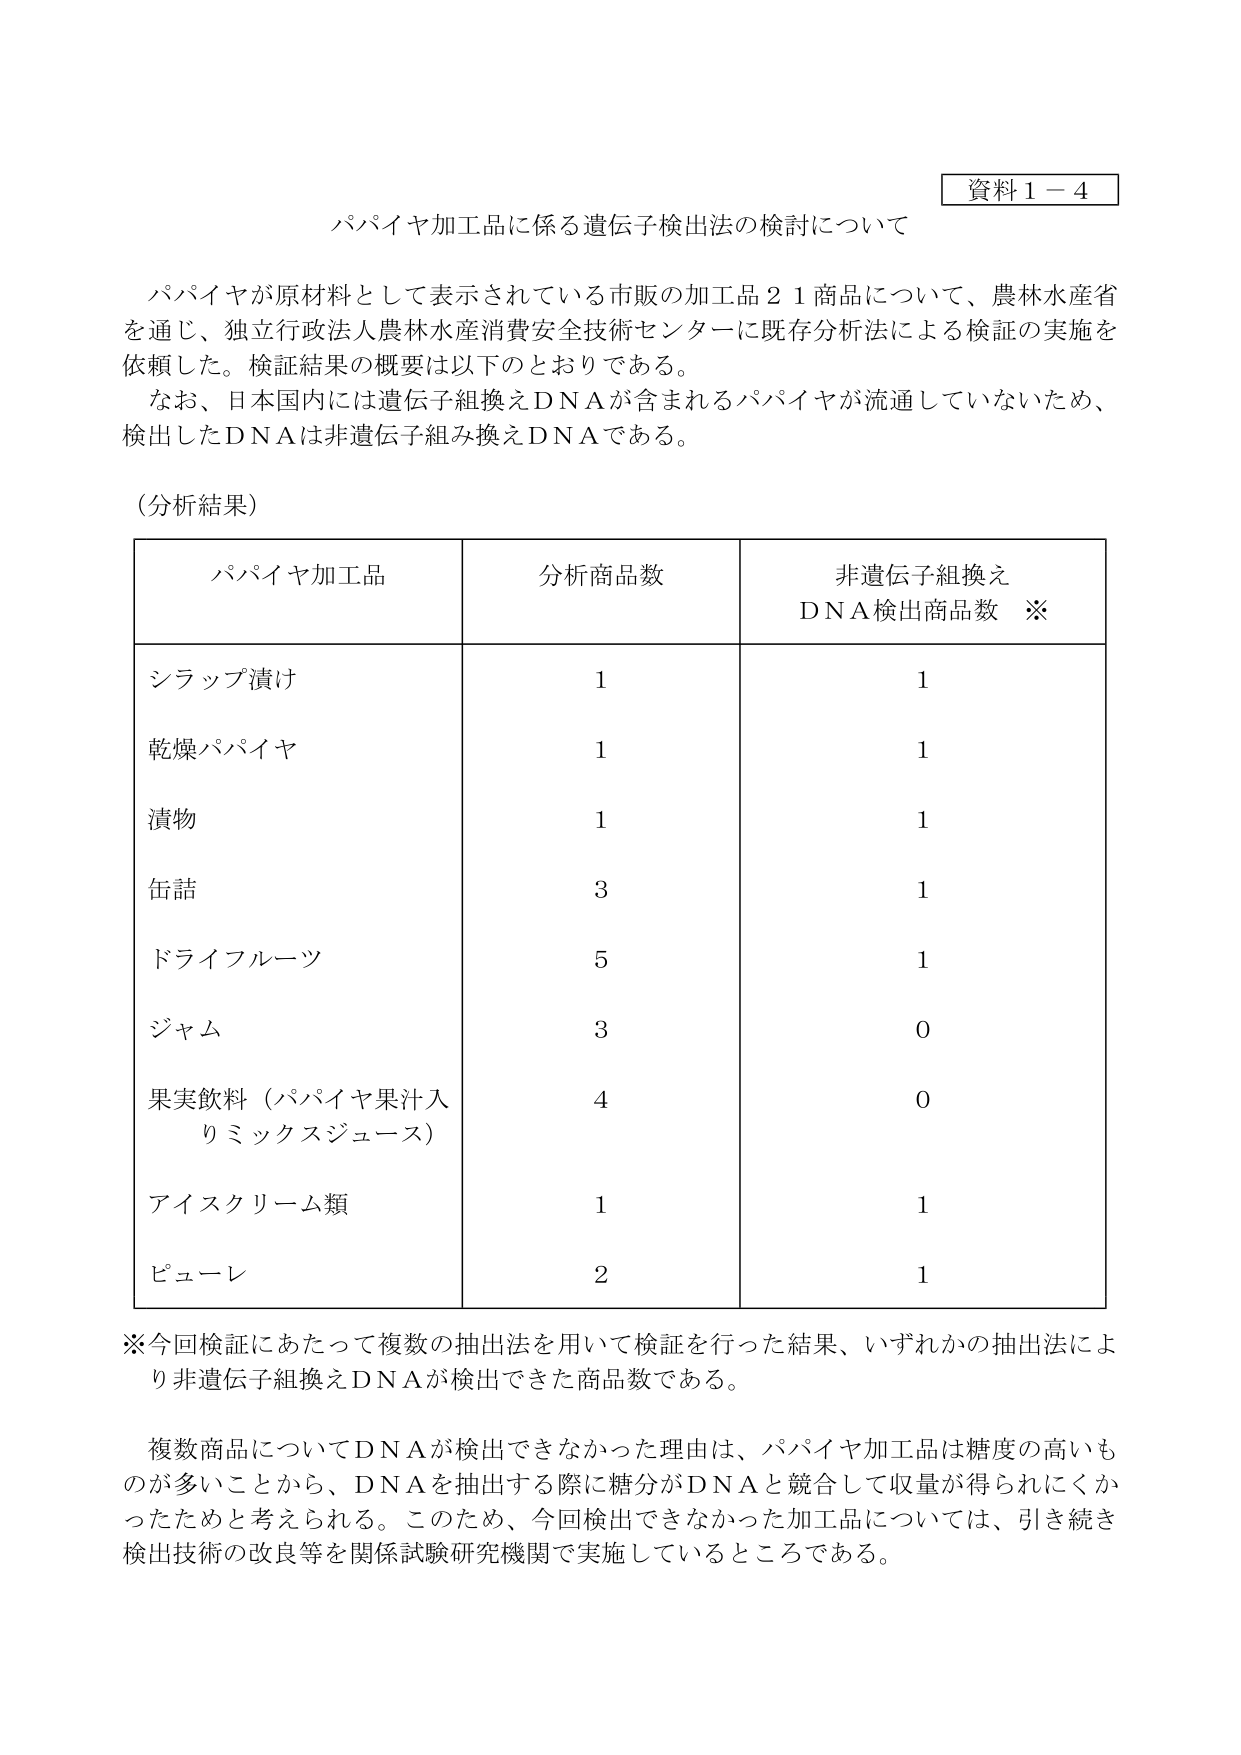
資料１－４
パパイヤ加工品に係る遺伝子検出法の検討について

パパイヤが原材料として表示されている市販の加工品２１商品について、農林水産省を通じ、独立行政法人農林水産消費安全技術センターに既存分析法による検証の実施を依頼した。検証結果の概要は以下のとおりである。
なお、日本国内には遺伝子組換えＤＮＡが含まれるパパイヤが流通していないため、検出したＤＮＡは非遺伝子組み換えＤＮＡである。

（分析結果）

| パパイヤ加工品 | 分析商品数 | 非遺伝子組換えＤＮＡ検出商品数 ※ |
|----------------|------------|----------------------------------|
| シラップ漬け   | 1          | 1                                |
| 乾燥パパイヤ   | 1          | 1                                |
| 漬物           | 1          | 1                                |
| 缶詰           | 3          | 1                                |
| ドライフルーツ | 5          | 1                                |
| ジャム         | 3          | 0                                |
| 果実飲料（パパイヤ果汁入りミックスジュース） | 4 | 0 |
| アイスクリーム類 | 1          | 1                                |
| ピューレ       | 2          | 1                                |

※今回検証にあたって複数の抽出法を用いて検証を行った結果、いずれかの抽出法により非遺伝子組換えＤＮＡが検出できた商品数である。

複数商品についてＤＮＡが検出できなかった理由は、パパイヤ加工品は糖度の高いものが多いことから、ＤＮＡを抽出する際に糖分がＤＮＡと競合して収量が得られにくかったためと考えられる。このため、今回検出できなかった加工品については、引き続き検出技術の改良等を関係試験研究機関で実施しているところである。